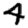
Digit: 4